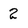
Character: 2